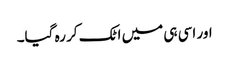
اور اسی ہی میں اٹک کر رہ گیا۔